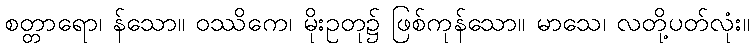
စတ္တာရော၊ န်သော။ ဝဿိကေ၊ မိုးဥတု၌ ဖြစ်ကုန်သော။ မာသေ၊ လတို့ပတ်လုံး။